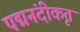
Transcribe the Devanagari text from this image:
पद्मनंदीकृत